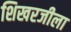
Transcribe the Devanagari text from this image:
शिखरजीला